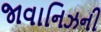
જાવાનિઝની